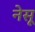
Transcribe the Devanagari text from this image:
नेसू